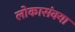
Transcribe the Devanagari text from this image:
लोकासंक्या